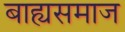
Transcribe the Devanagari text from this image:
बाह्यसमाज